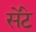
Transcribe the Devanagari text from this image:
सेंटे